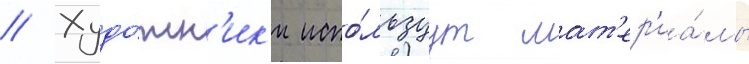
// Худо́жн'ик'и испо́льзуут мат'ер'иа́лы